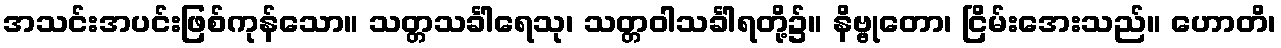
အသင်းအပင်းဖြစ်ကုန်သော။ သတ္တသင်္ခါရေသု၊ သတ္တဝါသင်္ခါရတို့၌။ နိဗ္ဗုတော၊ ငြိမ်းအေးသည်။ ဟောတိ၊